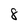
Character: 8